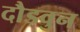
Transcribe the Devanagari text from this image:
दौडवुन